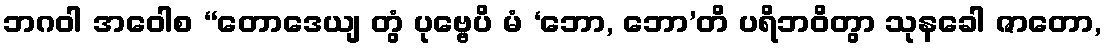
ဘဂဝါ အဝေါစ “တောဒေယျ တွံ ပုဗ္ဗေပိ မံ ‘ဘော, ဘော’တိ ပရိဘဝိတွာ သုနခေါ ဇာတော,